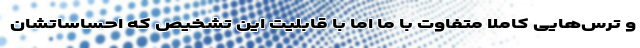
و ترس‌هایی کاملاً متفاوت با ما اما با قابلیتِ این تشخیص که احساساتشان